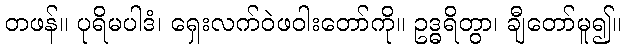
တဖန်။ ပုရိမပါဒံ၊ ရှေးလက်ဝဲဖဝါးတော်ကို။ ဥဒ္ဓရိတွာ၊ ချီတော်မူ၍။